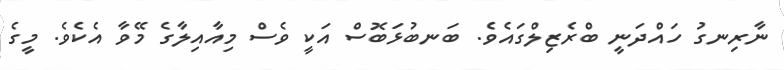
ނާރިނގު ހައްދަނީ ބްރެޒިލްގައެވެ. ބަނބުޅަބޮސް އަކީ ވެސް މިއާއިލާގެ މޭވާ އެކެވެ. މީގެ